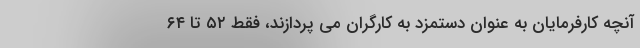
آنچه کارفرمایان به عنوان دستمزد به کارگران می پردازند، فقط ۵۲ تا ۶۴